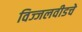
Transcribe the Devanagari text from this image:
विज्जलवीडचे